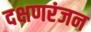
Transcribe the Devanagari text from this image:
दक्षणरंजन